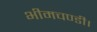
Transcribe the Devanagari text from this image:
भीमचण्डी।